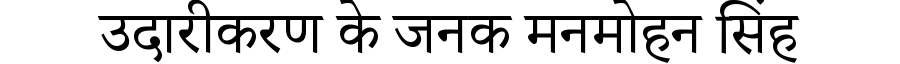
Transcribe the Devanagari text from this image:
उदारीकरण के जनक मनमोहन सिंह